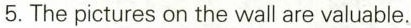
5.The pictures on the wall are valuable.